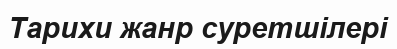
Тарихи жанр суретшілері